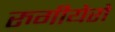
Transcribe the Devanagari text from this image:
रुगीयेरो